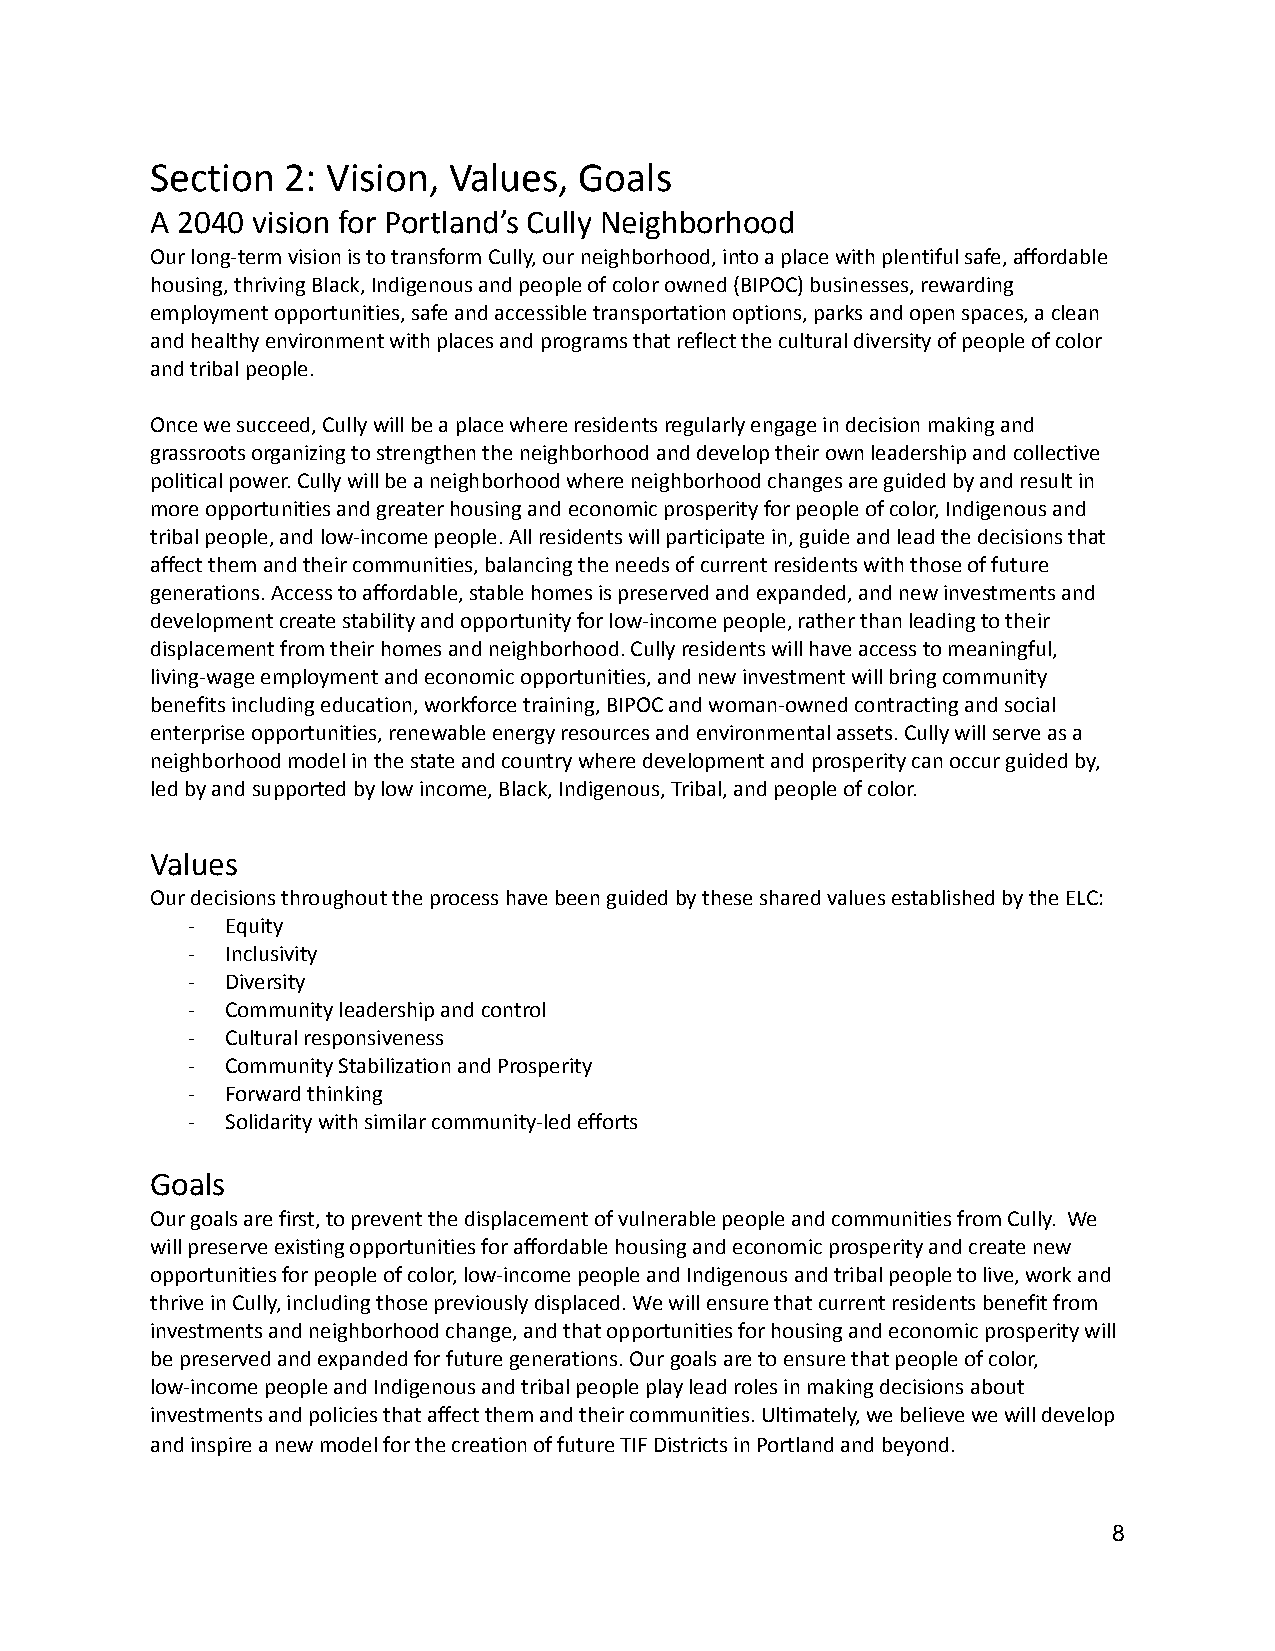
Section  2: Vision, Values, Goals
 A 2040 vision for Portland’s Cully Neighborhood
 Our long-term vision is to transform Cully, our neighborhood,into a place with plentiful safe, affordable
 housing, thriving Black, Indigenous and people ofcolor owned (BIPOC) businesses, rewarding
 employment opportunities, safe and accessible transportationoptions, parks and open spaces, a clean
 and healthy environment with places and programs thatreflect the cultural diversity of people of color
 and tribal people.
 Once we succeed, Cully will be a place where residentsregularly engage in decision making and
 grassroots organizing to strengthen the neighborhoodand develop their own leadership and collective
 political power. Cully will be a neighborhood whereneighborhood changes are guided by and result in
 more opportunities and greater housing and economicprosperity for people of color, Indigenous and
 tribal people, and low-income people. All residentswill participate in, guide and lead the decisionsthat
 affect them and their communities, balancing the needsof current residents with those of future
 generations. Access to affordable, stable homes ispreserved and expanded, and new investments and
 development create stability and opportunity for low-incomepeople, rather than leading to their
 displacement from their homes and neighborhood. Cullyresidents will have access to meaningful,
 living-wage employment and economic opportunities,and new investment will bring community
 benefits including education, workforce training,BIPOC and woman-owned contracting and social
 enterprise opportunities, renewable energy resourcesand environmental assets. Cully will serve as a
 neighborhood model in the state and country wheredevelopment and prosperity can occur guided by,
 led by and supported by low income, Black, Indigenous,Tribal, and people of color.
 Values
 Our decisions throughout the process have been guidedby these shared values established by the ELC:
 -  Equity
 -  Inclusivity
 -  Diversity
 -  Community leadership and control
 -  Cultural responsiveness
 -  Community Stabilization and Prosperity
 -  Forward thinking
 -  Solidarity with similar community-led efforts
 Goals
 Our goals are first, to prevent the displacement ofvulnerable people and communities from Cully. We
 will preserve existing opportunities for affordablehousing and economic prosperity and create new
 opportunities for people of color, low-income peopleand Indigenous and tribal people to live, work and
 thrive in Cully, including those previously displaced.We will ensure that current residents benefit from
 investments and neighborhood change, and that opportunitiesfor housing and economic prosperity will
 be preserved and expanded for future generations.Our goals are to ensure that people of color,
 low-income people and Indigenous and tribal peopleplay lead roles in making decisions about
 investments and policies that affect them and theircommunities. Ultimately, we believe we will develop
 and inspire a new model for the creation of futureTIF Districts in Portland and beyond.
 8